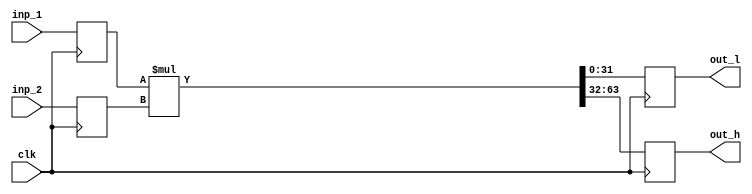
module multiplier
#(parameter WIDTH=32)
(
        input clk,
        input [WIDTH-1:0] inp_1,
        input [WIDTH-1:0] inp_2,
        output reg [WIDTH-1:0] out_l,
        output reg [WIDTH-1:0] out_h
);

        // Declare input and output registers
        reg [WIDTH-1:0] inp_1_reg;
        reg [WIDTH-1:0] inp_2_reg;
        wire [2*WIDTH-1:0] mult_out;
        assign mult_out = inp_1_reg * inp_2_reg;
        always @ (posedge clk)
        begin
                inp_1_reg <= inp_1;
                inp_2_reg <= inp_2;
                out_l <= mult_out[WIDTH-1:0];
                out_h <= mult_out[2*WIDTH-1:WIDTH];
        end

endmodule